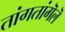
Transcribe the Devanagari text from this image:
तांगतांगॆलॆ